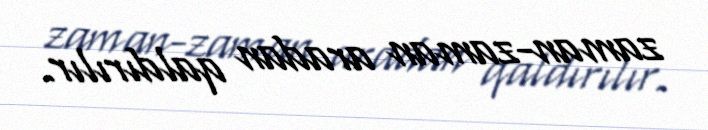
zaman-zaman aradan qaldırılır.